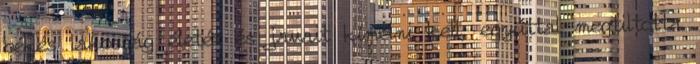
békés lakosság életét és javait kímélni kell, egyúttal megtiltotta